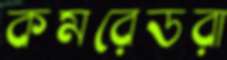
কমরেডরা